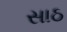
સાઠ